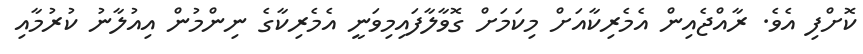
ކޮށްފި އެވެ. ރާއްޖެއިން އެމެރިކާއަށް މިކަމަށް ގޮވާލާފައިމިވަނީ އެމެރިކާގެ ނިންމުން އިއުލާނު ކުރުމާއި